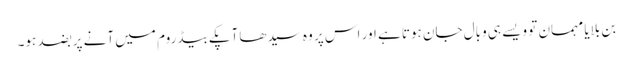
بن بلایا مہمان تو ویسے ہی وبال جان ہوتا ہے اور اس پر وہ سیدھا آپکے بیڈروم میں آنے پر بضد ہو۔